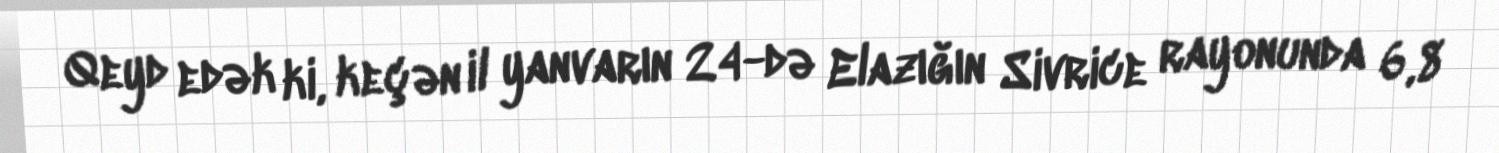
Qeyd edək ki, keçən il yanvarın 24-də Elazığın Sivrice rayonunda 6,8